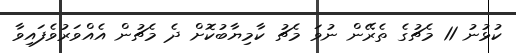
ކުޅުނު 11 މެޗުގެ ތެރޭން ނުވަ މެޗު ކާމިޔާބުކޮށް ދެ މެޗުން އެއްވަރުވެފައިވާ